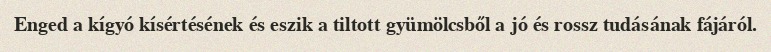
Enged a kígyó kísértésének és eszik a tiltott gyümölcsből a jó és rossz tudásának fájáról.